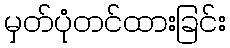
မှတ်ပုံတင်ထားခြင်း